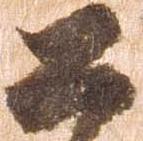
公